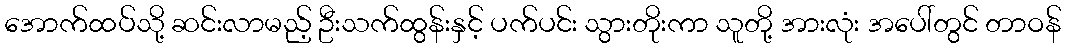
အောက်ထပ်သို့ ဆင်းလာမည့် ဦးသက်ထွန်းနှင့် ပက်ပင်း သွားတိုးကာ သူတို့ အားလုံး အပေါ်တွင် တာဝန်